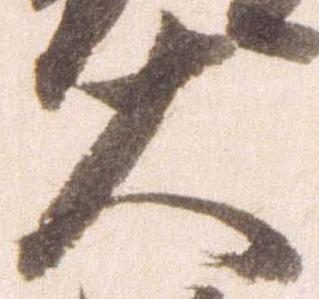
大